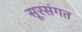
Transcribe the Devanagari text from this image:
सूरसंगत